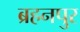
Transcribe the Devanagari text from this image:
ब्रहनपुर